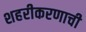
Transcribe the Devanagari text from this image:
शहरीकरणाची